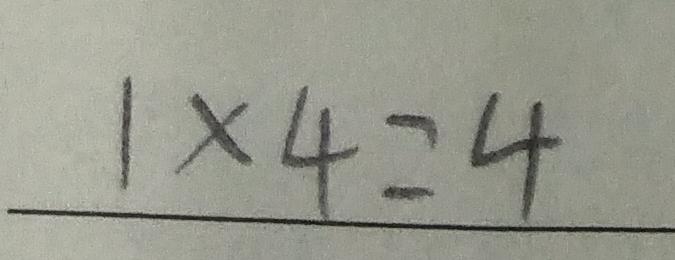
1 \times 4 = 4